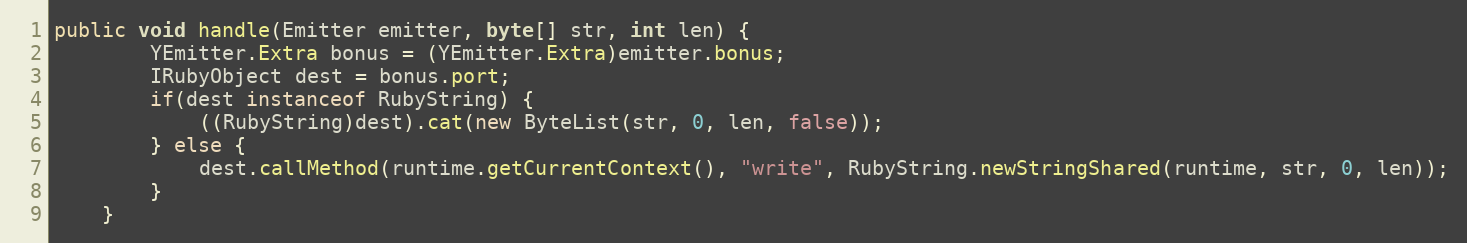
Language: Java
public void handle(Emitter emitter, byte[] str, int len) {
        YEmitter.Extra bonus = (YEmitter.Extra)emitter.bonus;
        IRubyObject dest = bonus.port;
        if(dest instanceof RubyString) {
            ((RubyString)dest).cat(new ByteList(str, 0, len, false));
        } else {
            dest.callMethod(runtime.getCurrentContext(), "write", RubyString.newStringShared(runtime, str, 0, len));
        }
    }